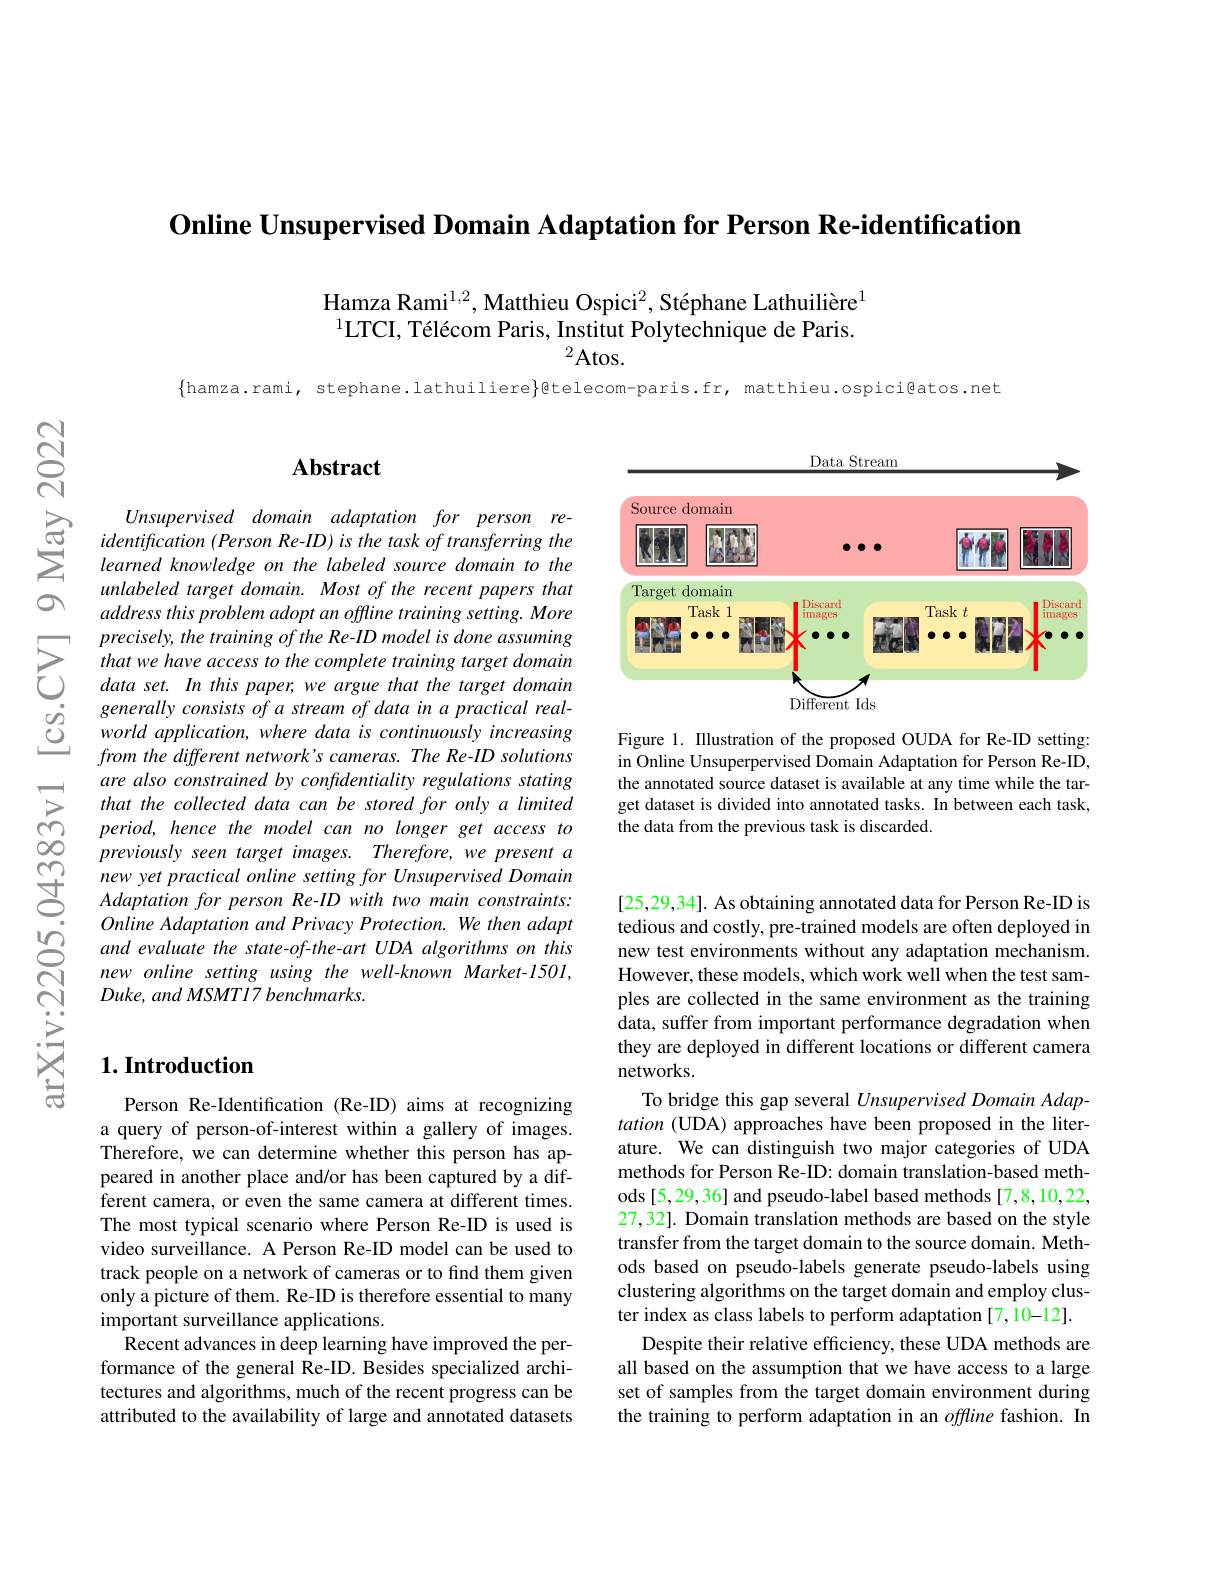
Online Unsupervised Domain Adaptation for Person Re-identification

Hamza Rami$^{1,2}$, Matthieu Ospici$^2$, Stéphane Lathuilière$^{1}$ $^{1}$LTCI, Télécom Paris, Institut Polytechnique de Paris.
${}^{2}$Atos.

$\{$hamza.rami, stephane.lathuiliere}gtelecom-paris.fr, matthieu.ospici@atos.net

O

Data Stream

<FigureHere>

Figure 1. IIlustration of the proposed OUDA for Re-ID setting: in Online Unsuperpervised Domain Adaptation for Person Re-ID, the annotated source dataset is available at any time while the target dataset is divided into annotated tasks. In between each task, the data from the previous task is discarded.

$ପ୍ରିୁ$

## $\mathbf{Abstract}$

$\sum_{i=arned~knowledge~on~the~labeled~source~domain~adaptation~for~person~re-}\\\sum_{i=1}^{\infty} identification~(Person~Re-ID)~is~the~task~of~transferring~the\\ learned~knowledge~on~the~labeled~source~domain~to~the$
unlabeled target domain. Most of the recent papers that address this problem adopt an offline training setting. More
$\sum_{\begin{array}{cc}&\text{precisely,the training ofthe Re-ID model is done assuming}\\&\text{that we have access to the complete training target domain}\\&\text{data set. In this paper, we argue that the target domain}\end{array}}$
generally consists of a stream of data in a practical realworld application, where data is continuously increasing from the different network's cameras. The Re-ID solutions are also constrained by confidentiality regulations stating that the collected data can be stored for only a limited period, hence the model can no longer get access to previously seen target images. Therefore, we present a
Online Adaptation and Privacy Protection. We then adapt and evaluate the state-of-the-art UDA algorithms on this new online setting using the well-known Market-1501, Duke, and MSMT17 benchmarks.

## $1. \textbf{Introduction}$

Person Re-Identification (Re-ID) aims at recognizing a query of person-of-interest within a gallery of images. Therefore, we can determine whether this person has appeared in another place and/or has been captured by a different camera, or even the same camera at different times. The most typical scenario where Person Re-ID is used is video surveillance. A Person Re-ID model can be used to track people on a network of cameras or to find them given only a picture of them. Re-ID is therefore essential to many important surveillance applications.
Recent advances in deep learning have improved the performance of the general Re-ID. Besides specialized architectures and algorithms, much of the recent progress can be attributed to the availability of large and annotated datasets

[25,29,34]. As obtaining annotated data for Person Re-ID is tedious and costly, pre-trained models are often deployed in new test environments without any adaptation mechanism. However, these models, which work well when the test samples are collected in the same environment as the training data, suffer from important performance degradation when they are deployed in different locations or different camera networks.
To bridge this gap several Unsupervised Domain Adaptation (UDA) approaches have been proposed in the literature. We can distinguish two major categories of UDA methods for Person Re-ID: domain translation-based methods [5,29,36] and pseudo-label based methods [7,8,10,22, 27,32]. Domain translation methods are based on the style transfer from the target domain to the source domain. Methods based on pseudo-labels generate pseudo-labels using clustering algorithms on the target domain and employ cluster index as class labels to perform adaptation[7,10-12].
Despite their relative efficiency, these UDA methods are all based on the assumption that we have access to a large set of samples from the target domain environment during the training to perform adaptation in an offline fashion. In